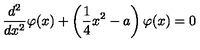
\frac { d ^ { 2 } } { d x ^ { 2 } } \varphi ( x ) + \left( \frac { 1 } { 4 } x ^ { 2 } - a \right) \varphi ( x ) = 0